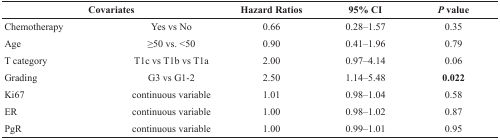
<table><thead><tr><td colspan="2"><b>Covariates</b></td><td><b>Hazard Ratios</b></td><td><b>95% CI</b></td><td><b><i>P</i> value</b></td></tr></thead><tbody><tr><td>Chemotherapy</td><td>Yes vs No</td><td>0.66</td><td>0.28–1.57</td><td>0.35</td></tr><tr><td>Age</td><td>≥50 vs. &lt;50</td><td>0.90</td><td>0.41–1.96</td><td>0.79</td></tr><tr><td>T category</td><td>T1c vs T1b vs T1a</td><td>2.00</td><td>0.97–4.14</td><td>0.06</td></tr><tr><td>Grading</td><td>G3 vs G1-2</td><td>2.50</td><td>1.14–5.48</td><td><b>0.022</b></td></tr><tr><td>Ki67</td><td>continuous variable</td><td>1.01</td><td>0.98–1.04</td><td>0.58</td></tr><tr><td>ER</td><td>continuous variable</td><td>1.00</td><td>0.98–1.02</td><td>0.87</td></tr><tr><td>PgR</td><td>continuous variable</td><td>1.00</td><td>0.99–1.01</td><td>0.95</td></tr></tbody></table>